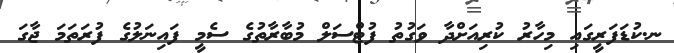
ނ.ކުޑަފަރީގައި މިހާރު ކުރިއަށްދާ ވަގުތު ފުޓްސަލް މުބާރާތުގެ ސެމީ ފައިނަލުގެ ފުރަތަމަ ޖާގަ